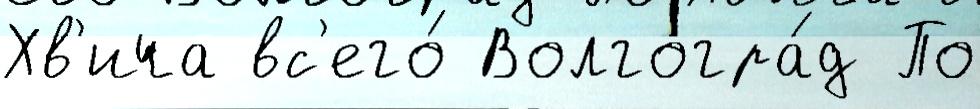
Хв'ича вс'его́ Волгогра́д По